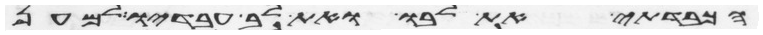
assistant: הכבדתי את לבו ואת לב עבדיו למען